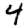
Digit: 4